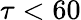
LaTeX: \tau<60